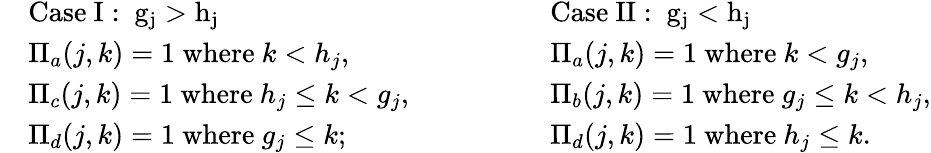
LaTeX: \begin{array}{rl}&{\mathrm{Case~I:~g_j>h_j~}}\\ &{\Pi_{a}(j,k)=1\mathrm{~where~}k<h_{j},}\\ &{\Pi_{c}(j,k)=1\mathrm{~where~}h_{j}\leq k<g_{j},}\\ &{\Pi_{d}(j,k)=1\mathrm{~where~}g_{j}\leq k;}\end{array}\qquad\qquad\begin{array}{rl}&{\mathrm{Case~II:~g_j<h_j~}}\\ &{\Pi_{a}(j,k)=1\mathrm{~where~}k<g_{j},}\\ &{\Pi_{b}(j,k)=1\mathrm{~where~}g_{j}\leq k<h_{j},}\\ &{\Pi_{d}(j,k)=1\mathrm{~where~}h_{j}\leq k.}\end{array}